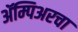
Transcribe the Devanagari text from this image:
ॲम्पिअरचा